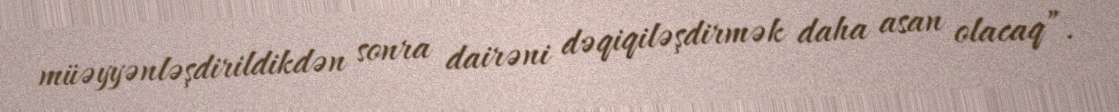
müəyyənləşdirildikdən sonra dairəni dəqiqiləşdirmək daha asan olacaq”.